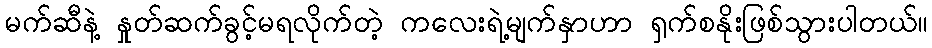
မက်ဆီနဲ့ နှုတ်ဆက်ခွင့်မရလိုက်တဲ့ ကလေးရဲ့မျက်နှာဟာ ရှက်စနိုးဖြစ်သွားပါတယ်။